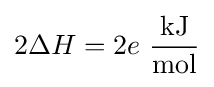
2\Delta H=2e\ {\frac {\text{kJ}}{\text{mol}}}